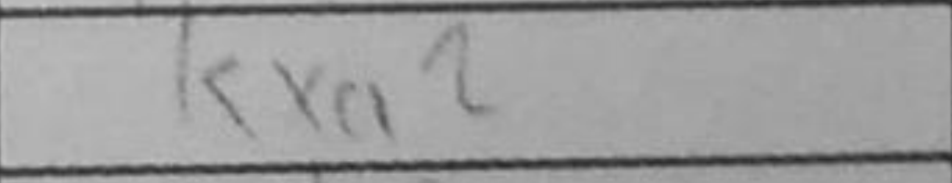
Transcription: Kxa2